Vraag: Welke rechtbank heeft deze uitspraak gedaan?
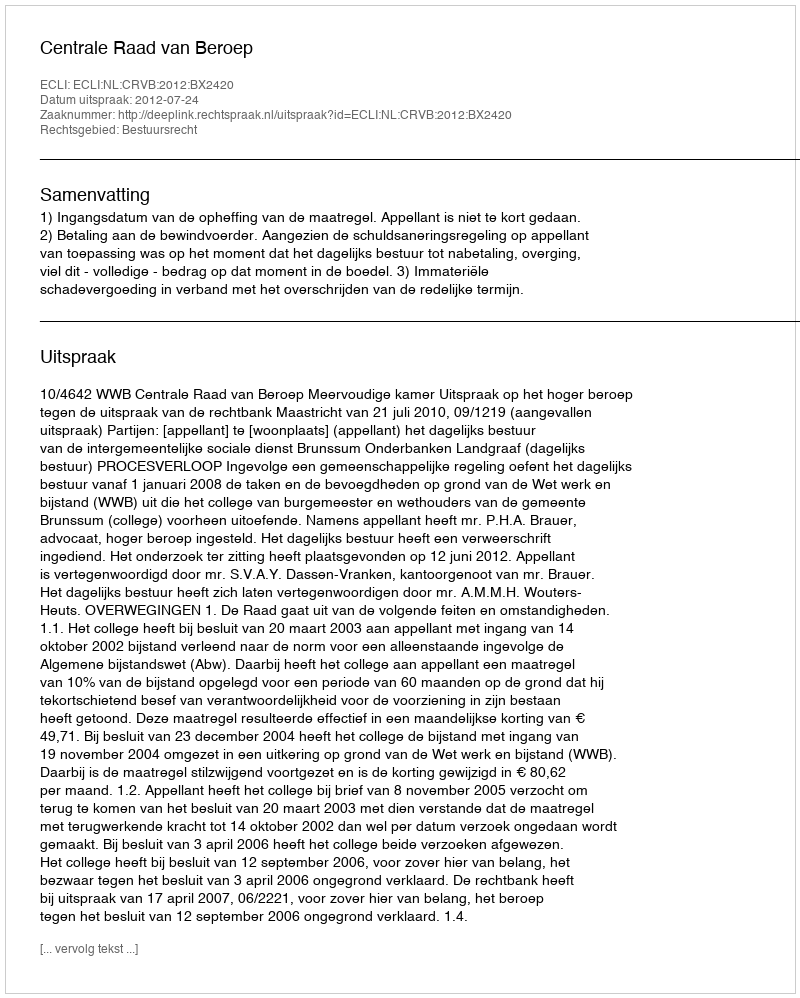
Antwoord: Centrale Raad van Beroep